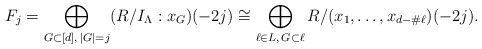
\begin{align*}F_j = \bigoplus_{G \subset [d], \, |G| = j} (R/I_{\Lambda} : x_G) (-2j) \cong \bigoplus_{\ell \in L, \, G \subset \ell} R/(x_1,\ldots,x_{d - \# \ell}) (-2j). \end{align*}